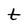
Character: t